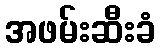
အဖမ်းဆီးခံ